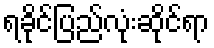
ရခိုင်ပြည်လုံးဆိုင်ရာ